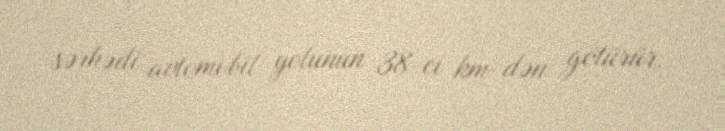
sərhədi avtomobil yolunun 38-ci km-dən götürür.